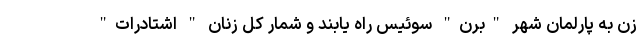
زن به پارلمان شهر "برن" سوئیس راه یابند و شمار کل زنان " اشتادرات"